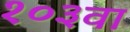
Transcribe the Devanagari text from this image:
१०३वा